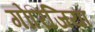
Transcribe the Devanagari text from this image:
गोरिजिया